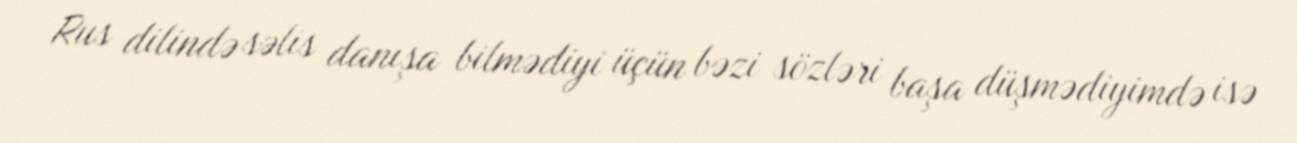
Rus dilində səlis danışa bilmədiyi üçün bəzi sözləri başa düşmədiyimdə isə